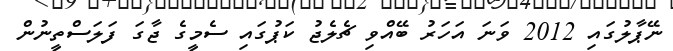
ނޭޕާލުގައި 2012 ވަނަ އަހަރު ބޭއްވި ޗެލެޖު ކަޕުގައި ސެމީގެ ޖާގަ ފަލަސްތީނުން